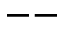
--